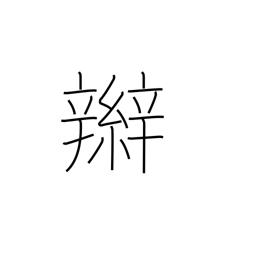
Meaning: braid